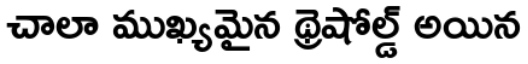
చాలా ముఖ్యమైన థ్రెషోల్డ్ అయిన